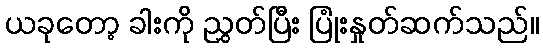
ယခုတော့ ခါးကို ညွှတ်ပြီး ပြုံးနှုတ်ဆက်သည်။